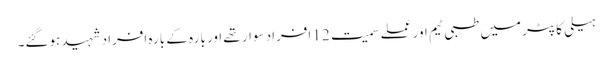
ہیلی کاپٹر میں طبی ٹیم اور عملے سمیت 12 افراد سوار تھے اور بارہ کے بارہ افراد شہید ہوگئے۔